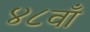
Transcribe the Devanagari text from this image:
४८वाँ